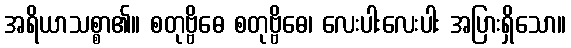
အရိယာသစ္စာ၏။ စတုဗ္ဗိဓေ စတုဗ္ဗိဓေ၊ လေးပါးလေးပါး အပြားရှိသော။